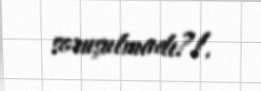
soruşulmadı?!.